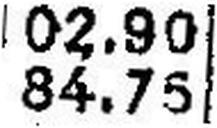
84.75